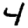
Digit: 4